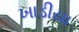
ખાડીયા